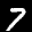
Label: 7